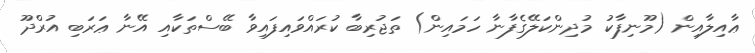
ޢާއިލާއިން (މޫނިފާކު މުދިންކަލޭގެފާނާ ހަމައިން) ތަޖުރިބާ ކުރައްވައިފައިވާ ބޭސްތަކާއި އޭނާ ޢަރަބި އުރްދޫ